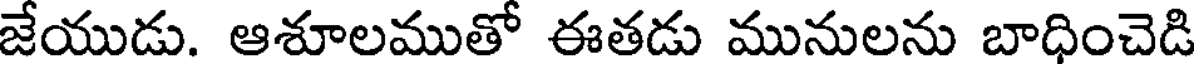
జేయుడు. ఆశూలముతో ఈతడు మునులను బాధించెడి